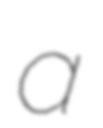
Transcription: a